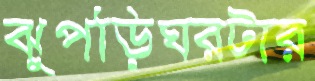
ঝুপড়িঘরটার